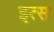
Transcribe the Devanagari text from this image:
इत्स